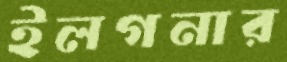
ইলগনার